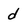
Character: d